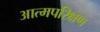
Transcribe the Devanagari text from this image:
आत्मपरिक्षण